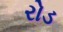
રોડ